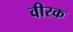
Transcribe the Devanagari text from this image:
वीरक